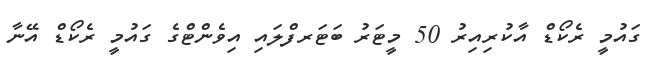
ގައުމީ ރެކޯޑް އާކުރިއިރު 50 މީޓަރު ބަޓަރފްލައި އިވެންޓްގެ ގައުމީ ރެކޯޑް އޭނާ